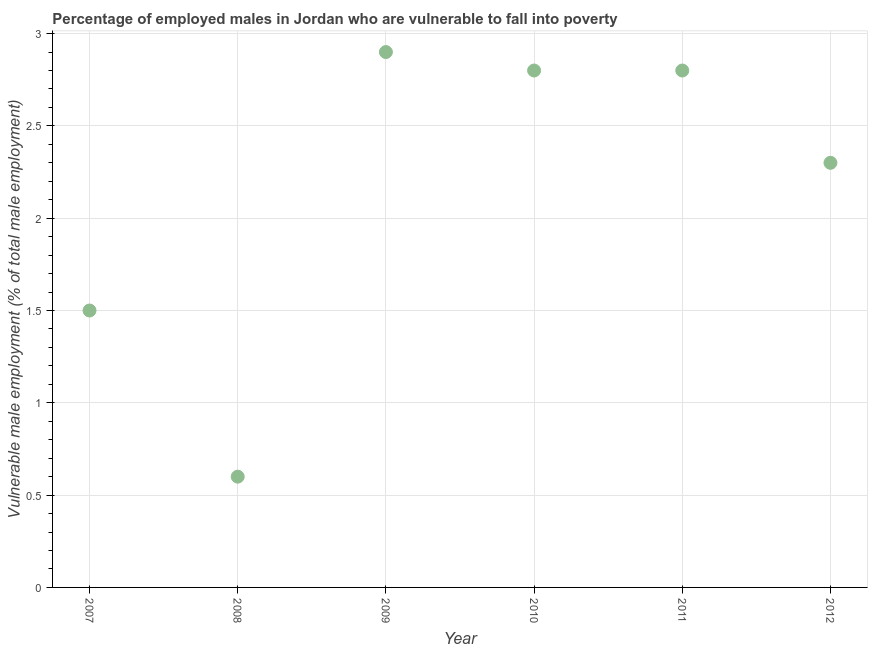
| Year | Percentage of employed males who are vulnerable to fall into poverty |
 | --- | --- |
 | 2007 | 1.5 |
 | 2008 | 0.6 |
 | 2009 | 2.9 |
 | 2010 | 2.8 |
 | 2011 | 2.8 |
 | 2012 | 2.3 |